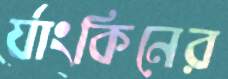
র‍্যাংকিনের